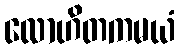
လောဟိတကမယံ